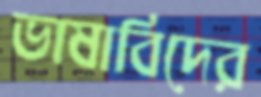
ভাষাবিদের